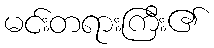
မင်းတရားကြီး၏